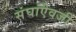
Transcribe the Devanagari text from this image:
संघांऐवजी